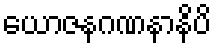
ယောဇနဂဏနာနိပိ